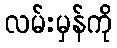
လမ်းမှန်ကို